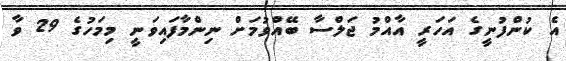
އެ ކުންފުނީގެ އަހަރީ އާއްމު ޖަލްސާ ބޭއްވުމަށް ނިންމާފައިވަނީ މިމަހުގެ 29 ވާ